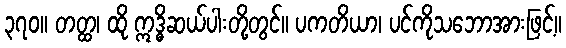
၃၇၀။ တတ္ထ၊ ထို ဣဒ္ဓိဆယ်ပါးတို့တွင်။ ပကတိယာ၊ ပင်ကိုသဘောအားဖြင့်။